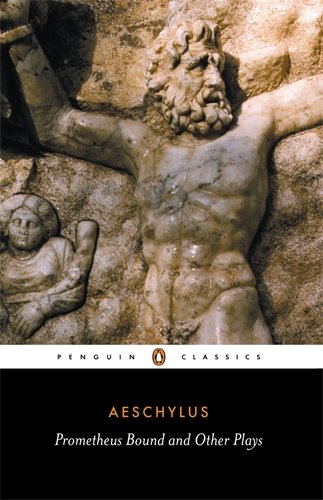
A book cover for Prometheus Bound and Other Plays: Prometheus Bound, The Suppliants, Seven Against Thebes, The Persians (Penguin Classics); Philip Vellacott; Mystery, Thriller & Suspense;